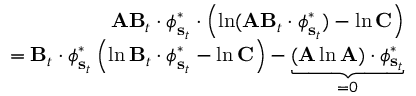
\begin{array} { r } { \mathbf { A } \mathbf { B } _ { t } \cdot \boldsymbol { \phi } _ { \mathbf { s } _ { t } } ^ { * } \cdot \left( \ln ( \mathbf { A } \mathbf { B } _ { t } \cdot \boldsymbol { \phi } _ { \mathbf { s } _ { t } } ^ { * } ) - \ln \mathbf { C } \right) } \\ { = \mathbf { B } _ { t } \cdot \boldsymbol { \phi } _ { \mathbf { s } _ { t } } ^ { * } \left( \ln \mathbf { B } _ { t } \cdot \boldsymbol { \phi } _ { \mathbf { s } _ { t } } ^ { * } - \ln \mathbf { C } \right) - \underbrace { ( \mathbf { A } \ln \mathbf { A } ) \cdot \boldsymbol { \phi _ { \mathbf { s } _ { t } } ^ { * } } } _ { = 0 } } \end{array}